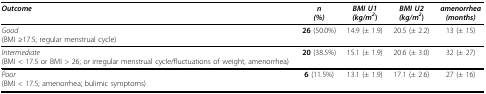
<table><thead><tr><td><b><i>Outcome</i></b></td><td><b><i>n</i><i>(%)</i></b></td><td><b><i>BMI U1</i><i>(kg/m<sup>2</sup></i>)</b></td><td><b><i>BMI U2</i><i>(kg/m<sup>2</sup></i>)</b></td><td><b><i>amenorrhea</i><i>(months)</i></b></td></tr></thead><tbody><tr><td><i>Good</i>(BMI ≥17.5; regular menstrual cycle)</td><td><b>26 </b>(50.0%)</td><td>14.9 (± 1.9)</td><td>20.5 (± 2.2)</td><td>13 (± 15)</td></tr><tr><td><i>Intermediate</i>(BMI &lt; 17.5 or BMI &gt; 26; <i>or </i>irregular menstrual cycle/fluctuations of weight, amenorrhea)</td><td><b>20 </b>(38.5%)</td><td>15.1 (± 1.9)</td><td>20.6 (± 3.0)</td><td>32 (± 27)</td></tr><tr><td><i>Poor</i>(BMI &lt; 17.5; amenorrhea; bulimic symptoms)</td><td><b>6 </b>(11.5%)</td><td>13.1 (± 1.9)</td><td>17.1 (± 2.6)</td><td>27 (± 16)</td></tr></tbody></table>